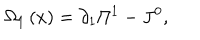
LaTeX: \Omega _ { 1 } \left( x \right) = \partial _ { 1 } \Pi ^ { 1 } - J ^ { 0 } ,